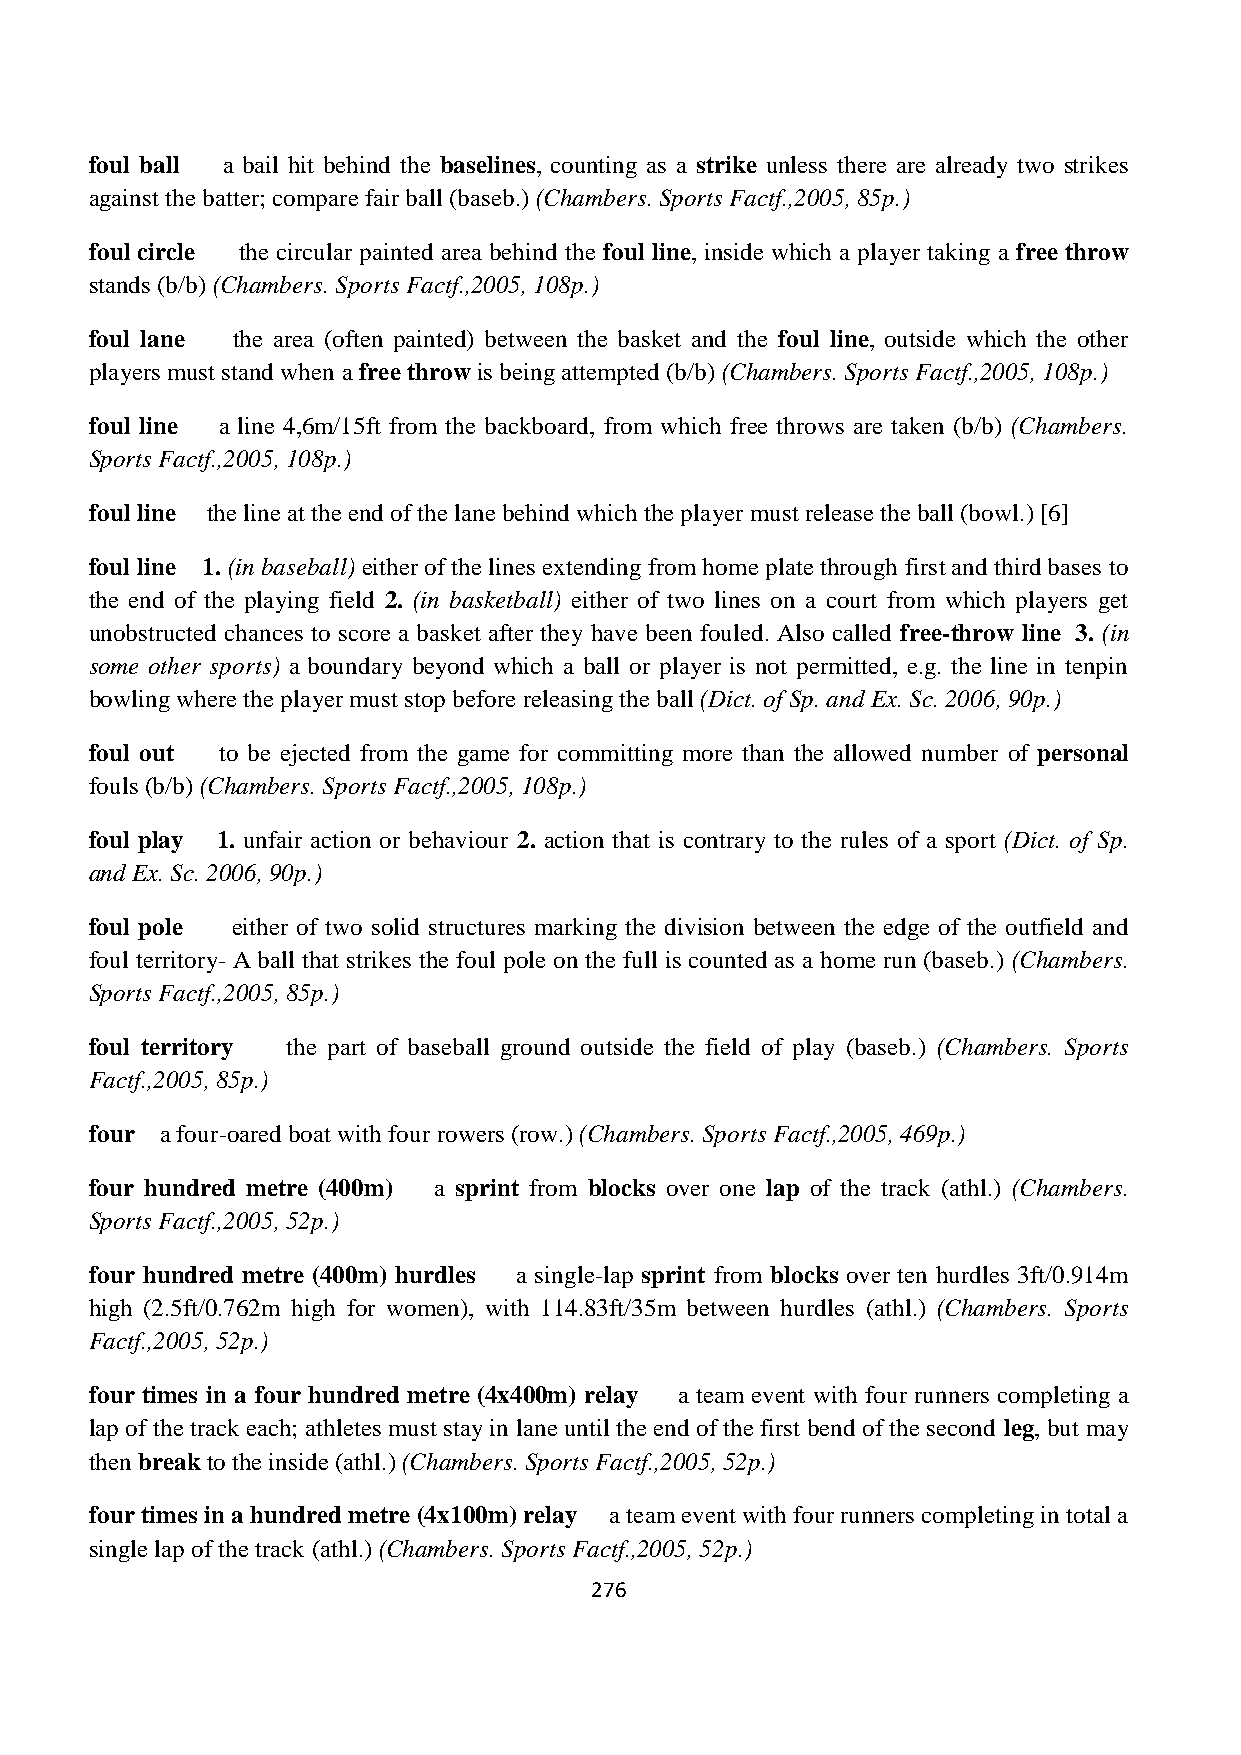
foul ball a bail hit behind the baselines, counting as a strike unless there are already two strikes
 against the batter; compare fair ball (baseb.) (Chambers. Sports Factf.,2005, 85p.)
 foul circle the circular painted area behind the foul line, inside which a player taking a free throw
 stands (b/b) (Chambers. Sports Factf.,2005, 108p.)
 foul lane the area (often painted) between the basket and the foul line, outside which the other
 players must stand when a free throw is being attempted (b/b) (Chambers. Sports Factf.,2005, 108p.)
 foul line a line 4,6m/15ft from the backboard, from which free throws are taken (b/b) (Chambers.
 Sports Factf.,2005, 108p.)
 foul line the line at the end of the lane behind which the player must release the ball (bowl.) [6]
 foul line 1. (in baseball) either of the lines extending from home plate through first and third bases to
 the end of the playing field 2. (in basketball) either of two lines on a court from which players get
 unobstructed chances to score a basket after they have been fouled. Also called free-throw line 3. (in
 some other sports) a boundary beyond which a ball or player is not permitted, e.g. the line in tenpin
 bowling where the player must stop before releasing the ball (Dict. of Sp. and Ex. Sc. 2006, 90p.)
 foul out to be ejected from the game for committing more than the allowed number of personal
 fouls (b/b) (Chambers. Sports Factf.,2005, 108p.)
 foul play 1. unfair action or behaviour 2. action that is contrary to the rules of a sport (Dict. of Sp.
 and Ex. Sc. 2006, 90p.)
 foul pole either of two solid structures marking the division between the edge of the outfield and
 foul territory- A ball that strikes the foul pole on the full is counted as a home run (baseb.) (Chambers.
 Sports Factf.,2005, 85p.)
 foul territory the part of baseball ground outside the field of play (baseb.) (Chambers. Sports
 Factf.,2005, 85p.)
 four a four-oared boat with four rowers (row.) (Chambers. Sports Factf.,2005, 469p.)
 four hundred metre (400m) a sprint from blocks over one lap of the track (athl.) (Chambers.
 Sports Factf.,2005, 52p.)
 four hundred metre (400m) hurdles a single-lap sprint from blocks over ten hurdles 3ft/0.914m
 high (2.5ft/0.762m high for women), with 114.83ft/35m between hurdles (athl.) (Chambers. Sports
 Factf.,2005, 52p.)
 four times in a four hundred metre (4x400m) relay a team event with four runners completing a
 lap of the track each; athletes must stay in lane until the end of the first bend of the second leg, but may
 then break to the inside (athl.) (Chambers. Sports Factf.,2005, 52p.)
 four times in a hundred metre (4x100m) relay a team event with four runners completing in total a
 single lap of the track (athl.) (Chambers. Sports Factf.,2005, 52p.)
 276